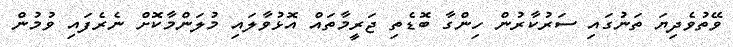
ވޭތުވެދިޔަ ތަނުގައި ސަރުކާރުން ހިންގާ ބޮޑެތި ޖަރީމާތައް އޮޅުވާލައި މުލަންމާކޮށް ނެރެފައި ވުމުން